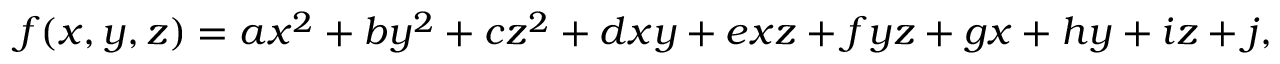
f ( x , y , z ) = a x ^ { 2 } + b y ^ { 2 } + c z ^ { 2 } + d x y + e x z + f y z + g x + h y + i z + j ,